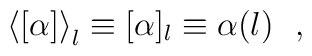
\left<[\alpha]\right>_l \equiv [\alpha]_l \equiv \alpha(l)~~,